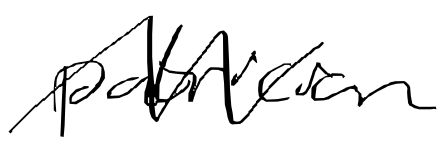
Text: patrician
Cross-out: zig-zag
Writing tool: digital_black